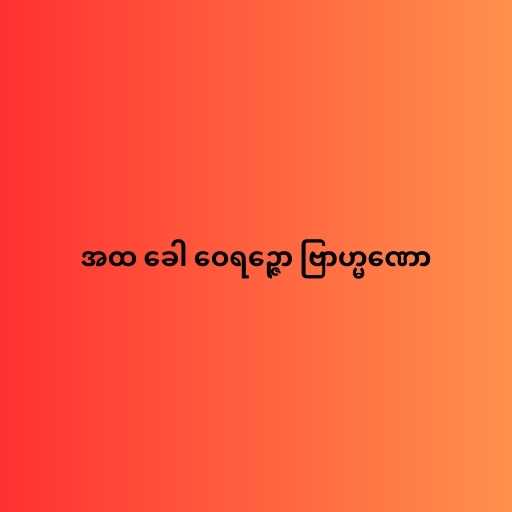
အထ ခေါ ဝေရဉ္ဇော ဗြာဟ္မဏော